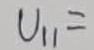
Text: U11=